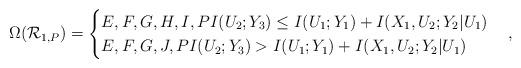
LaTeX: \begin{align*} \Omega(\mathcal{R}_{1,P})=\begin{cases} E,F,G,H,I, P I(U_2;Y_3)\leq I(U_1;Y_1)+I(X_1,U_2;Y_2|U_1)\\ E,F,G,J, P I(U_2;Y_3)> I(U_1;Y_1)+I(X_1,U_2;Y_2|U_1) \end{cases},\end{align*}